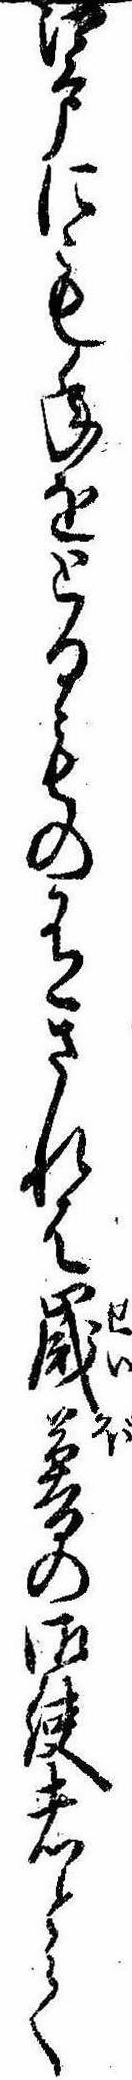
江戸にも年をとるもの有されは歳暮の御使者とて